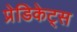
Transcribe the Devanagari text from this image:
प्रेडिकेट्स